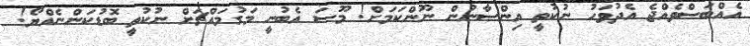
އެއްބަސްވެއްޖެ އެދުވަހު ނުކުތީ އިންސާނުން ނޫންކަމަށް! މޫސަ އެބުނީ މަގުމައްޗަށް ނުކުތީ ބޮޑުކަންނެއްޔޯ!